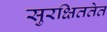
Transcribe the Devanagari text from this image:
सुरक्षिततेत